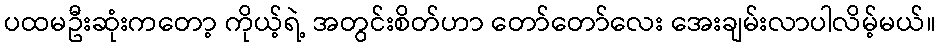
ပထမဦးဆုံးကတော့ ကိုယ့်ရဲ့ အတွင်းစိတ်ဟာ တော်တော်လေး အေးချမ်းလာပါလိမ့်မယ်။